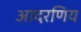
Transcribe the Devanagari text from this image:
आदरणिय